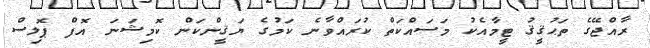
ރާއްޖޭގެ ތަޙުޤީޤު ޓީމާއެކު މަސައްކަތް ކުރައްވާނެ ކަމުގެ ޔަޤީންކަން ކޮމިޝަނަ އޮފް ޕޮލިސް